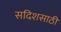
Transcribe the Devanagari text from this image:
सदिशसाठी